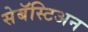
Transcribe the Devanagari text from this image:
सेबॅस्टिअन